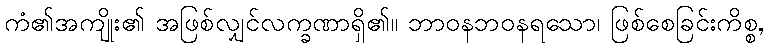
ကံ၏အကျိုး၏ အဖြစ်လျှင်လက္ခဏာရှိ၏။ ဘာဝနဘဝနရသော၊ ဖြစ်စေခြင်းကိစ္စ,